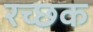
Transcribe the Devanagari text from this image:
रच्‍छक